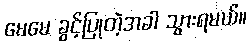
မေမေ ခွင့်ပြုတဲ့အခါ သွားရမယ်။